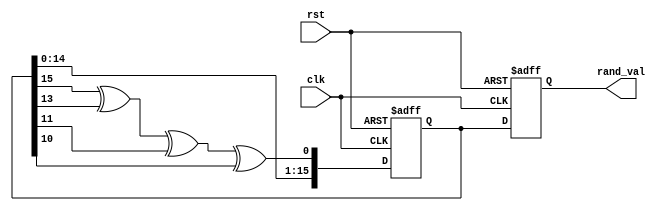
module random_initialization(
    input wire clk,           // Clock signal
    input wire rst,           // Asynchronous reset signal
    output reg [15:0] rand_val // Random value output (16-bit)
);

    // LFSR polynomial: x^16 + x^14 + x^13 + x^11 + 1 (example)
    reg [15:0] lfsr; // Internal state of the LFSR

    // Asynchronous reset and random value generation
    always @(posedge clk or posedge rst) begin
        if (rst) begin
            // Reset the LFSR to a predefined seed (e.g., non-zero to avoid stuck state)
            lfsr <= 16'hACE1; // Example seed value
            rand_val <= 16'h0000; // Initial output value
        end else begin
            // Generate the next random value using LFSR
            lfsr <= {lfsr[14:0], (lfsr[15] ^ lfsr[13] ^ lfsr[11] ^ lfsr[10])}; // Feedback
            rand_val <= lfsr; // Assign the current LFSR value to rand_val
        end
    end

endmodule